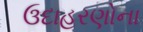
ઉદાહરણોના